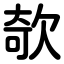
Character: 欹